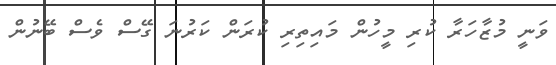
ވަނީ މުޒާހަރާ ކުރި މީހުން މައިތިރި ކުރަން ކަރުނަ ގޭސް ވެސް ބޭނުން